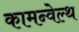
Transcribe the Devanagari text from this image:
कामन्वेल्थ